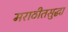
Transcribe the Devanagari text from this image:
मराठीतसुद्धा